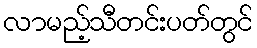
လာမည့်သီတင်းပတ်တွင်